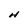
Character: H